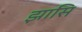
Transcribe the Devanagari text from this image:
झासि